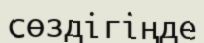
сөздігіңде